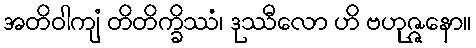
အတိဝါကျံ တိတိက္ခိဿံ၊ ဒုဿီလော ဟိ ဗဟုဇ္ဇနော။